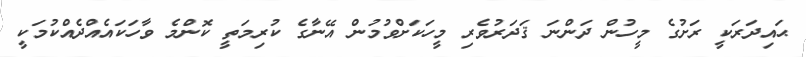
ޙައިދަރަކީ ރަށުގެ މީހުން ދަންނަ ޤަދަރުވެރި މީހަކަށްވުމުން އޭނާގެ ކުރިމަތީ ކޮންމެ ވާހަކައެއްދެއްކުމަކީ